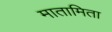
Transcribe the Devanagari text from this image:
मातामिता